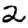
Digit: 2